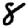
Digit: 8